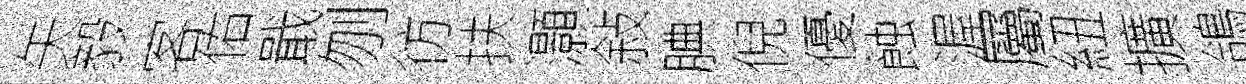
矢毅客佑戢刎彷扶灝敍腆倪優蝕渥屬紐擴鴿